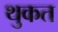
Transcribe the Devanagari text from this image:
थुकत